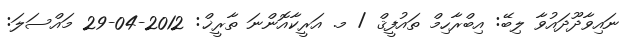
ނައިވާދޫދައުވާ ލިބޭ: އިބްރާހިމް ތައުފީޤް / މ. އަރީކާއޮންނަ ތާރީޚް: 2012-04-29 މައްސަލަ: